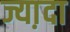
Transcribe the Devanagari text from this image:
ज्या़दा